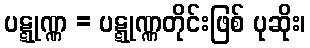
ပဋ္ဋုဏ္ဏ = ပဋ္ဋုဏ္ဏတိုင်းဖြစ် ပုဆိုး၊